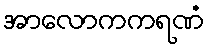
အာလောကကရဏံ